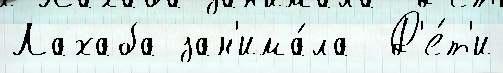
Лахаба зан'има́ла  Д'е́т'и